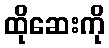
ထိုဆေးကို